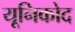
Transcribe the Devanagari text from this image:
यूनिकोद